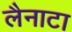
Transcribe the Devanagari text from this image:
लैनाटा